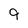
Character: 9